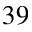
^ { 3 9 }